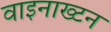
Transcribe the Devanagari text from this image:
वाइनाख्टन